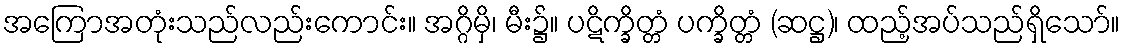
အကြောအတုံးသည်လည်းကောင်း။ အဂ္ဂိမှိ၊ မီး၌။ ပဋိက္ခိတ္တံ ပက္ခိတ္တံ (ဆဋ္ဌ)၊ ထည့်အပ်သည်ရှိသော်။